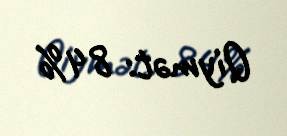
Qiymət: 84%